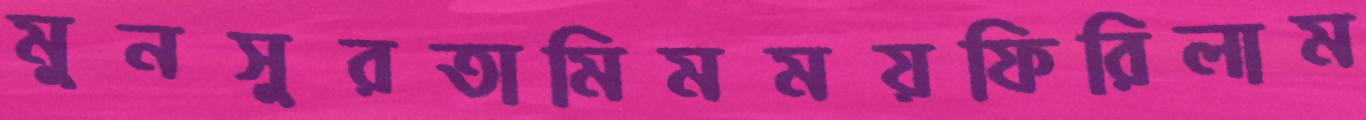
মুনসুরতামিমময়ফিরিলাম